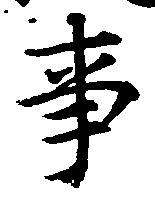
事